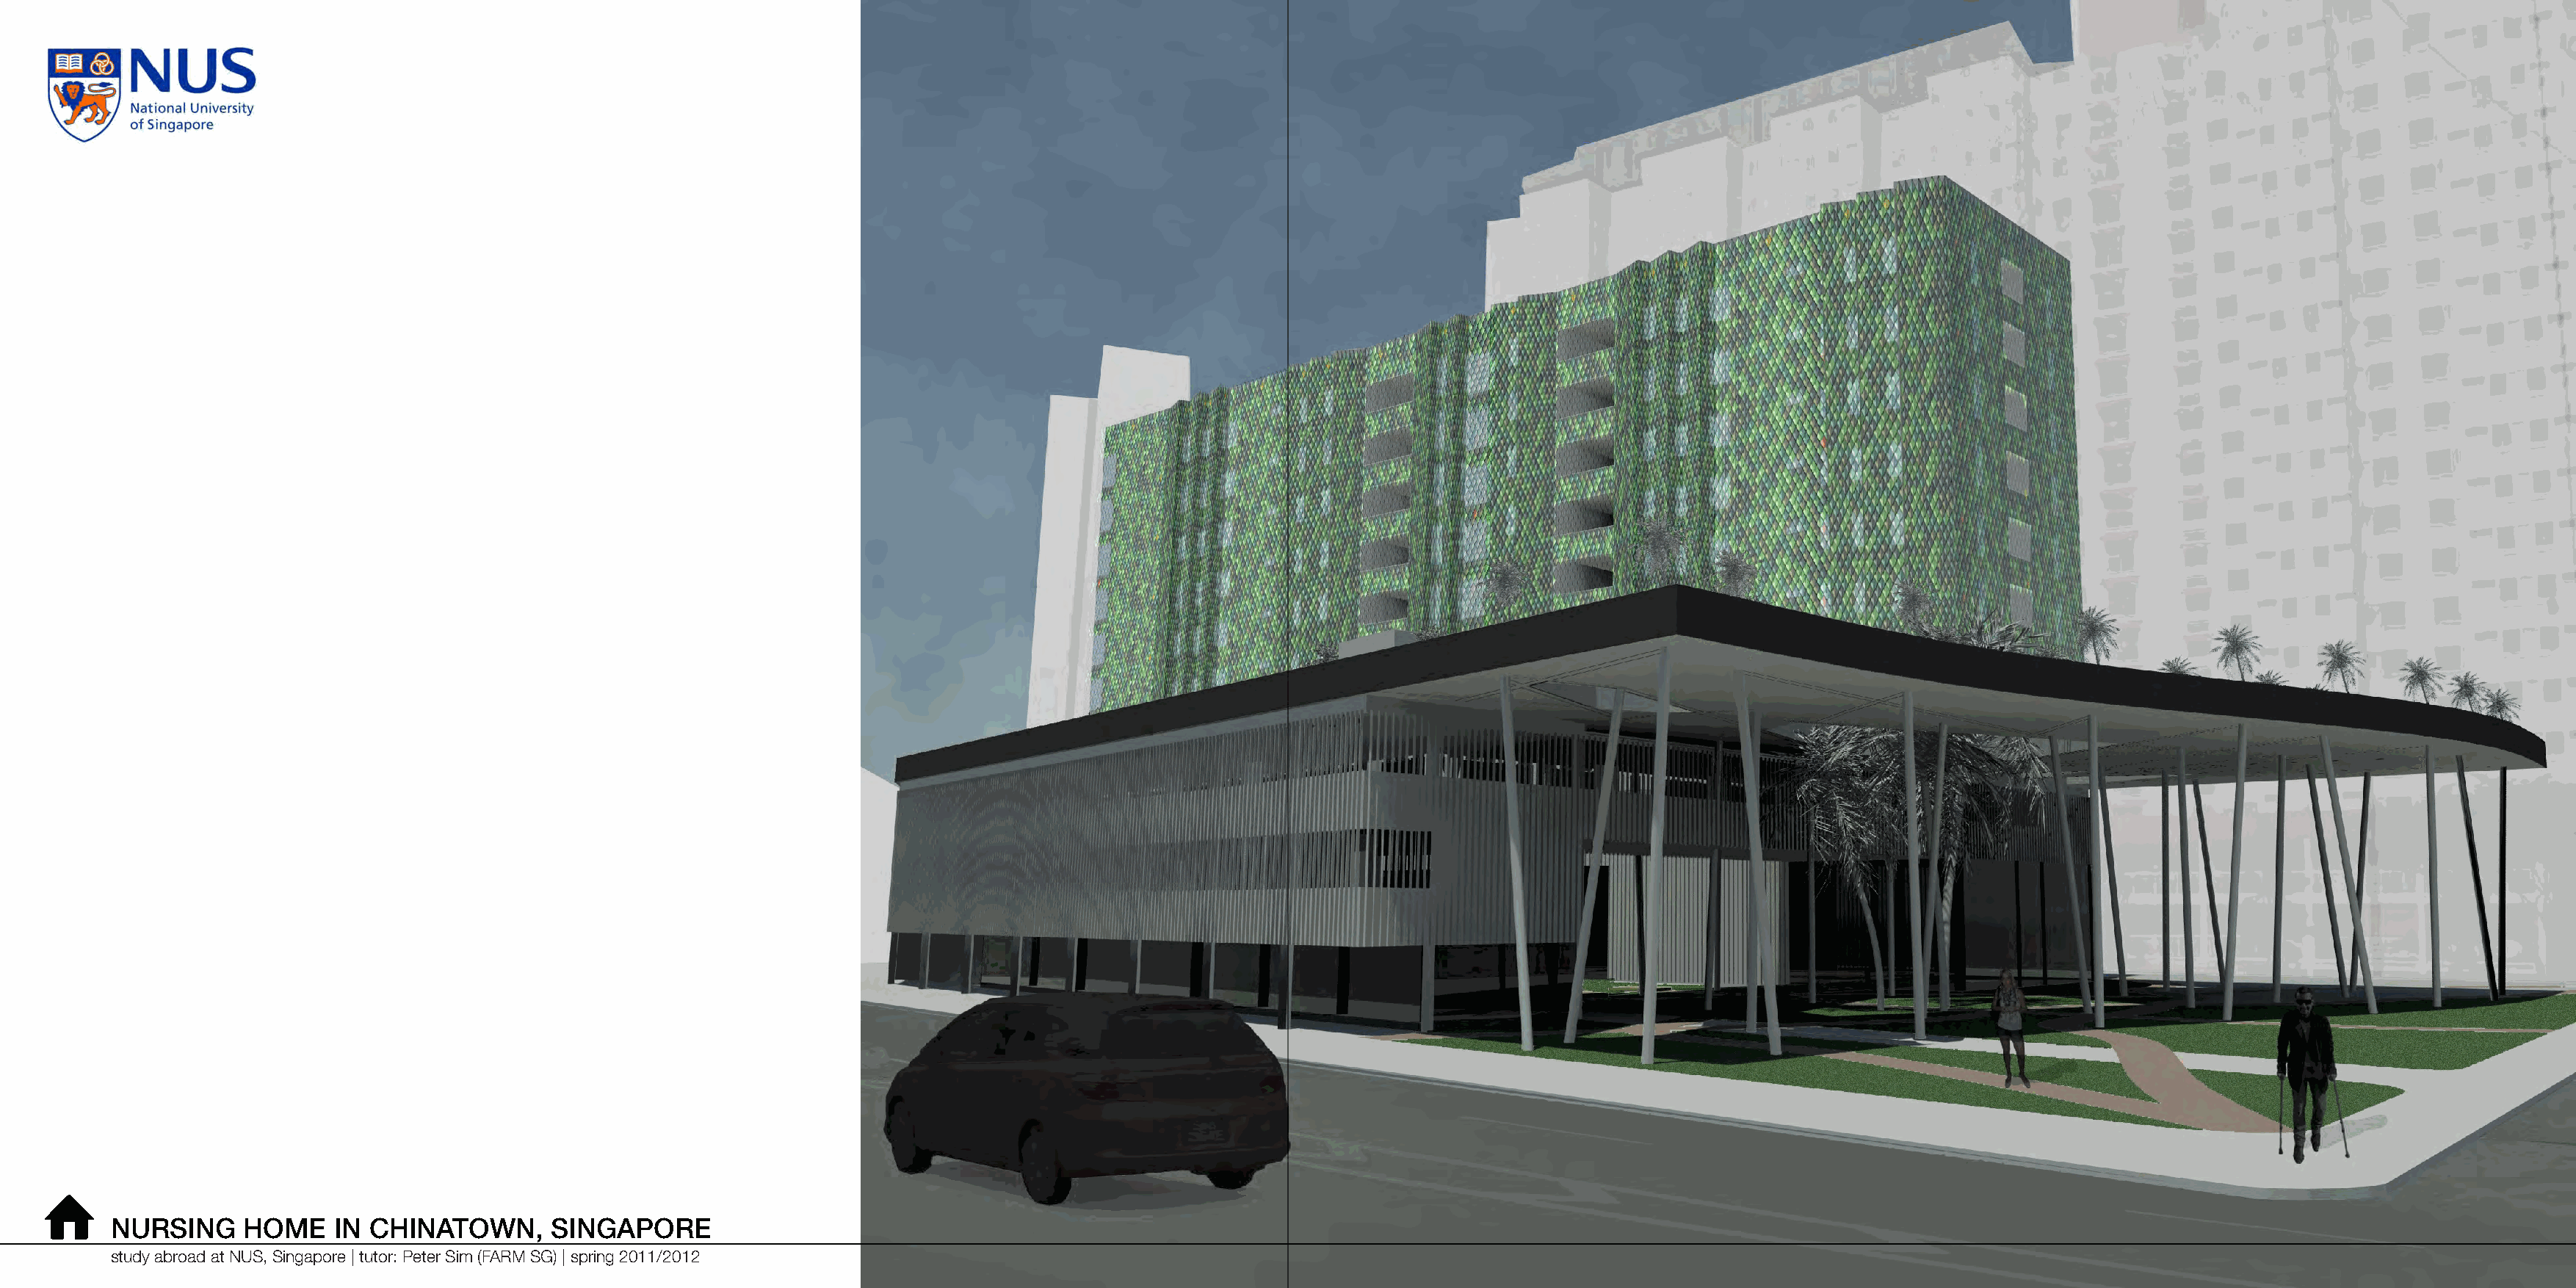
⌂
 NURSING     HOME    IN CHINATOWN,       SINGAPORE
 study abroad at NUS, Singapore | tutor: Peter Sim (FARM SG) | spring 2011/2012